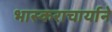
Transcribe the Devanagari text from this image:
भास्कराचार्याने